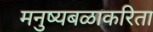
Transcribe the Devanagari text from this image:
मनुष्यबळाकरिता